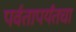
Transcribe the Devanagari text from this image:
पर्वतापर्यंतचा